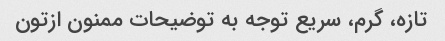
تازه، گرم، سریع توجه به توضیحات ممنون ازتون